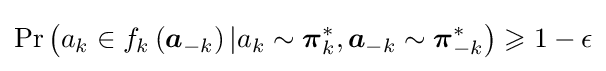
\mathrm {Pr} \left(a_{k}\in f_{k}\left({\boldsymbol {a}}_{-k}\right)|a_{k}\sim {\boldsymbol {\pi }}_{k}^{*},{\boldsymbol {a}}_{-k}\sim {\boldsymbol {\pi }}_{-k}^{*}\right)\geqslant 1-\epsilon